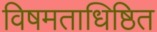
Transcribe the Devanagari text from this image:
विषमताधिष्ठित